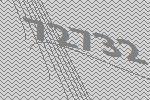
72732